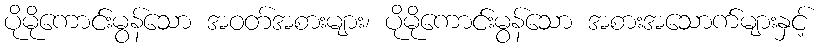
ပိုမိုကောင်းမွန်သော အဝတ်အစားများ၊ ပိုမိုကောင်းမွန်သော အစားအသောက်များနှင့်